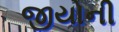
જીયોની